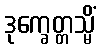
ဒုက္ခေတ္တသ္မိံ